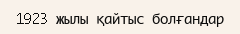
1923 жылы қайтыс болғандар